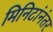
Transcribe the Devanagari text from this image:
मिनिटांनंतर